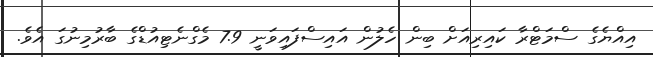
އިއްޔެގެ ސްމަޓްރާ ކައިރިއަށް ބިން ހެލުން އައިސްފައިވަނީ 7.9 މެގްނެޓިއުޑްގެ ބާރުމިނުގަ އެވެ.